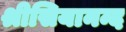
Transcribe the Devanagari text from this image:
श्रीसियानन्द